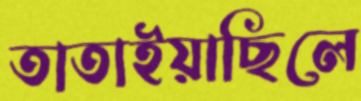
তাতাইয়াছিলে